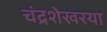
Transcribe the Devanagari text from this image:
चंद्रशेखरया